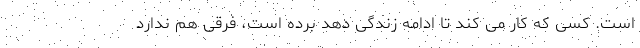
است. کسی که کار می کند تا ادامه زندگی دهد برده است، فرقی هم ندارد